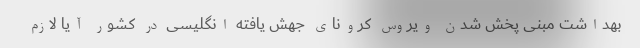
بهداشت مبنی پخش شدن ویروس کرونای جهش یافته انگلیسی در کشور آیا لازم